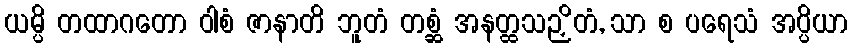
ယမ္ပိ တထာဂတော ဝါစံ ဇာနာတိ ဘူတံ တစ္ဆံ အနတ္ထသဉှိတံ, သာ စ ပရေသံ အပ္ပိယာ